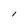
Character: l